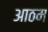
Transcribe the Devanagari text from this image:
आठम